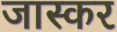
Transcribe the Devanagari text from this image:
जास्कर